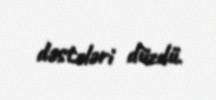
dəstələri düzdü.